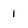
Character: 1